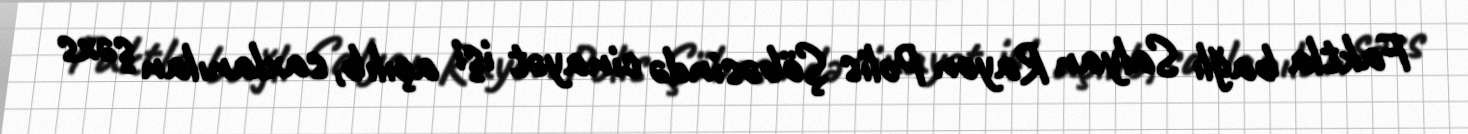
Faktla bağlı Salyan Rayon Polis Şöbəsində cinayət işi açılıb, saxlanılan şəxs